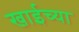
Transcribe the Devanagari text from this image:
खाईच्या